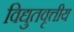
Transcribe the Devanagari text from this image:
विद्युतवृत्तीय